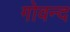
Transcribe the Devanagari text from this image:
गोवन्द